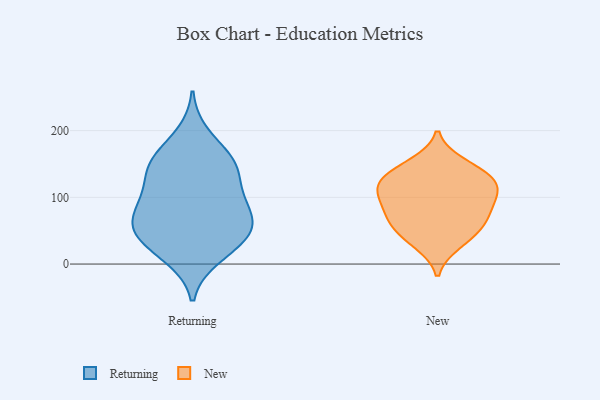
{"axis": {"x": "Satisfaction Score", "y": "Value"}, "legend": ["New", "Returning"], "data": [{"x": "", "y": 97, "type": "Returning"}, {"x": "", "y": 58, "type": "Returning"}, {"x": "", "y": 158, "type": "Returning"}, {"x": "", "y": 132, "type": "Returning"}, {"x": "", "y": 14, "type": "Returning"}, {"x": "", "y": 10, "type": "Returning"}, {"x": "", "y": 54, "type": "Returning"}, {"x": "", "y": 194, "type": "Returning"}, {"x": "", "y": 151, "type": "Returning"}, {"x": "", "y": 55, "type": "Returning"}, {"x": "", "y": 147, "type": "Returning"}, {"x": "", "y": 43, "type": "Returning"}, {"x": "", "y": 103, "type": "Returning"}, {"x": "", "y": 38, "type": "Returning"}, {"x": "", "y": 96, "type": "Returning"}, {"x": "", "y": 83, "type": "Returning"}, {"x": "", "y": 58, "type": "Returning"}, {"x": "", "y": 153, "type": "Returning"}, {"x": "", "y": 85, "type": "New"}, {"x": "", "y": 67, "type": "New"}, {"x": "", "y": 64, "type": "New"}, {"x": "", "y": 98, "type": "New"}, {"x": "", "y": 39, "type": "New"}, {"x": "", "y": 143, "type": "New"}, {"x": "", "y": 30, "type": "New"}, {"x": "", "y": 118, "type": "New"}, {"x": "", "y": 129, "type": "New"}, {"x": "", "y": 116, "type": "New"}, {"x": "", "y": 122, "type": "New"}, {"x": "", "y": 96, "type": "New"}, {"x": "", "y": 151, "type": "New"}, {"x": "", "y": 59, "type": "New"}]}